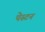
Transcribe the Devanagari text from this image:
पेस्टन